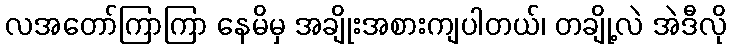
လအတော်ကြာကြာ နေမိမှ အချိုးအစားကျပါတယ်၊ တချို့လဲ အဲဒီလို